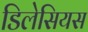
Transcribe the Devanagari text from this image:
डिलेसियस